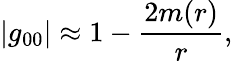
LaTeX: |g_{00}|\approx 1-\frac{2m(r)}{r},